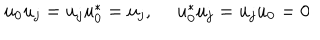
u _ { 0 } u _ { j } = u _ { j } u _ { 0 } ^ { * } = u _ { j } , ~ ~ u _ { 0 } ^ { * } u _ { j } = u _ { j } u _ { 0 } = 0